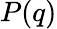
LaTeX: P(q)